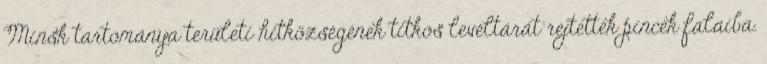
Minsk tartománya területi hitközségének titkos levéltárát rejtették pincék falaiba.